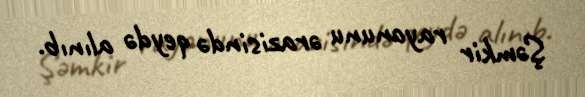
Şəmkir rayonunu ərazisində qeydə alınıb.